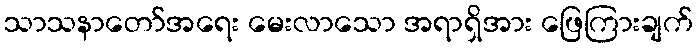
သာသနာတော်အရေး မေးလာသော အရာရှိအား ဖြေကြားချက်